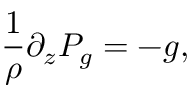
\frac { 1 } { \rho } \partial _ { z } P _ { g } = - g ,